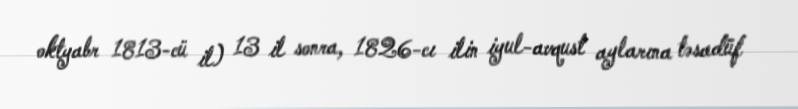
oktyabr 1813-cü il) 13 il sonra, 1826-cı ilin iyul-avqust aylarına təsadüf